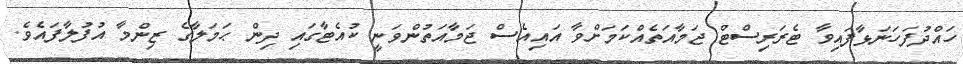
ހައްދުފަހަނަޅާފައިވާ ޓެރަރިސްޓް ޖަމާއަތެއްކަމަށްވާ އައިއެސް ޖަމާއަތުންވަނީ ކުއެޓާގައި ދިން ޙަމަލާގެ ޒިންމާ އުފުލާފައެވެ.